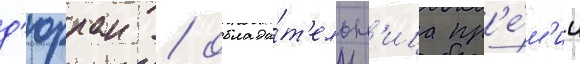
д'юрран / облада́т'ельн'ица пр'е́м'ии